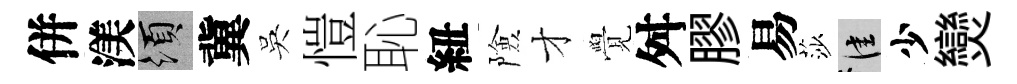
併渼須冀吳愷恥紐險才覺舛膠易莎佳少𤓖